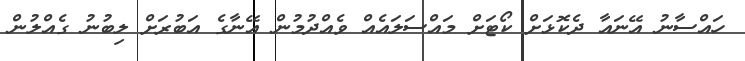
ހައްސާނު އޭނައާ ދެކޮޅަށް ކޯޓަށް މައްސަލައެއް ވެއްދުމުން އޭނާގެ އަބުރަށް ލިބުނު ގެއްލުން